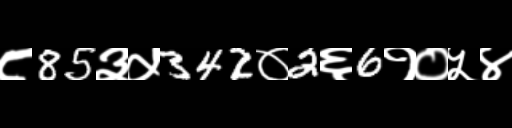
Text: ८85३५342०2६6१०५४